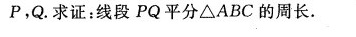
P，Q。求证：线段PQ平分△ABC的周长。